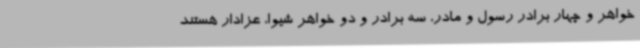
خواهر و چهار برادر رسول و مادر، سه برادر و دو خواهر شیوا، عزادار هستند